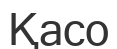
Қасо